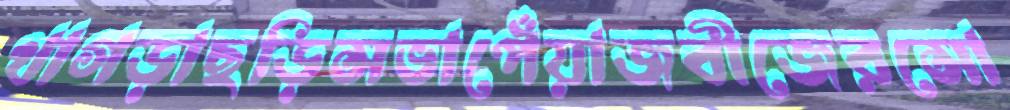
খাগড়াছড়িসভাপেঁয়াজবীজেরসো